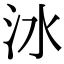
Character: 𣲙